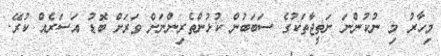
މިހާރު މި ނުކުންނަ ނަތީޖާތަކުގެ ސަބަބުން ކުޅުންތެރިންނަށް ވަރަށް ބޮޑު އަސަރެއް ކުރޭ.